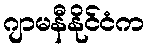
ဂျာမနီနိုင်ငံက